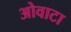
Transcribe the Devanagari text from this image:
ओवाटा